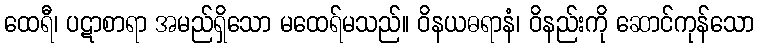
ထေရီ၊ ပဋာစာရာ အမည်ရှိသော မထေရ်မသည်။ ဝိနယဓရာနံ၊ ဝိနည်းကို ဆောင်ကုန်သော